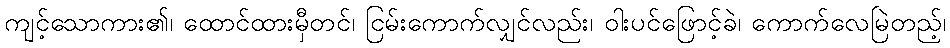
ကျင့်သောကား၏၊ ထောင်ထားမှီတင်၊ ငြမ်းကောက်လျှင်လည်း၊ ဝါးပင်ဖြောင့်ခဲ၊ ကောက်လေမြဲတည့်၊